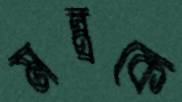
মন্ত্রকে